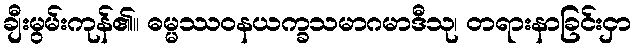
ချီးမွမ်းကုန်၏။ ဓမ္မဿဝနယက္ခသမာဂမာဒီသု၊ တရားနာခြင်းငှာ